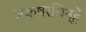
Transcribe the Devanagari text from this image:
अक्षरचिन्हे